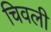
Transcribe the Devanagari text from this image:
चिवली